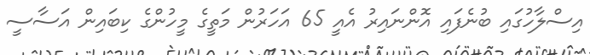
އިސްލާހުގައި ބުނެފައި އޮންނައިރު އެއީ 65 އަހަރުން މަތީގެ މީހުންގެ ކިބައިން އަސާސީ